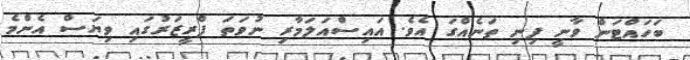
ބަހައްޓަން ވާނީ ފިނި ތަނެއްގަ އެވެ. އައިސްއަލަމާރި ނުވަތަ ފްރީޒަރުގައި ވިޔަސް އެންމެ